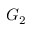
G _ { 2 }